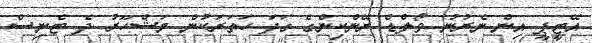
އޭޓީޕީ އިން ނެރުނު ވޯލްޑް ރޭންކިންގެ ގަދަ ހަތަރަކުން މަޝްހޫރު ދެ ޓެނިސް